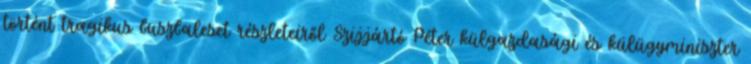
történt tragikus buszbaleset részleteiről Szijjártó Péter külgazdasági és külügyminiszter